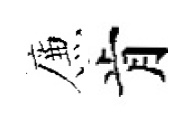
簾肯